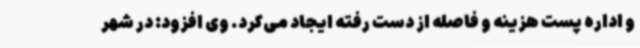
و اداره پست هزینه و فاصله از دست رفته ایجاد می‌کرد. وی افزود: در شهر